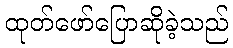
ထုတ်ဖော်ပြောဆိုခဲ့သည်